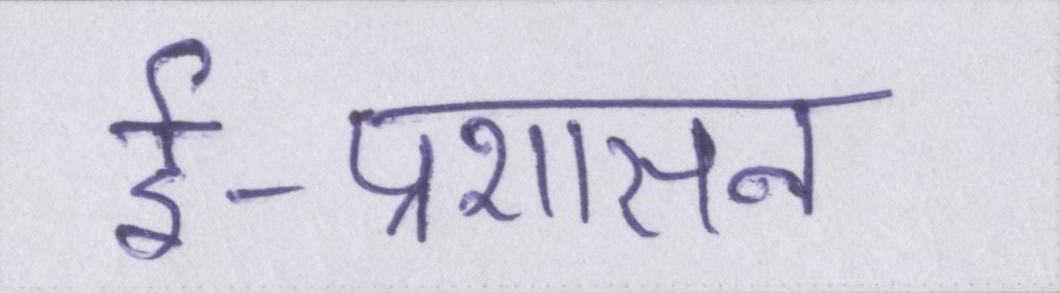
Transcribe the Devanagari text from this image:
ई-प्रशासन